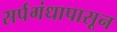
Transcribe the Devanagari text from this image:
सर्पगंधापासून